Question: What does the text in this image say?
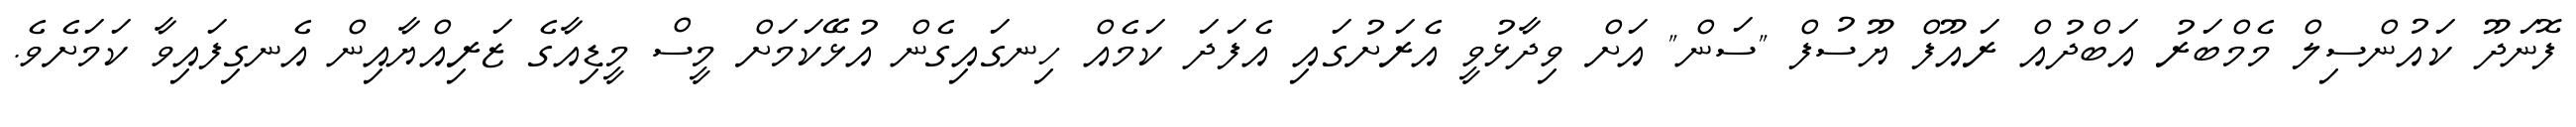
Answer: ފޮނަދޫ ކައުންސިލް މެމްބަރު އަބްދުއް ރައޫފް ޔޫސުފް "ސަން" އަށް ވިދާޅުވީ އެރަށުގައި އެފަދަ ކަމެއް ހިނގައިގެން އުޅޭކަމަށް މީސް މީޑިއާގެ ޒަރިއްޔާއިން އެނގިފައިވާ ކަމަށެވެ.